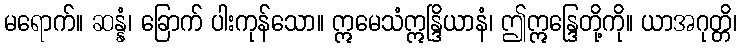
မရောက်။ ဆန္နံ၊ ခြောက် ပါးကုန်သော။ ဣမေသံဣန္ဒြိယာနံ၊ ဤဣန္ဒြေတို့ကို။ ယာအဂုတ္တိ၊